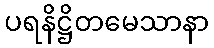
ပရနိဋ္ဌိတမေသာနာ